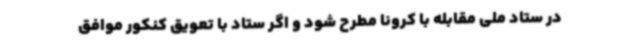
در ستاد ملی مقابله با کرونا مطرح شود و اگر ستاد با تعویق کنکور موافق